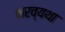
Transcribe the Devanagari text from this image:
भरव्यथा